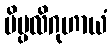
ပိပ္ပလိဂုဟာယံ